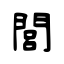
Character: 閭